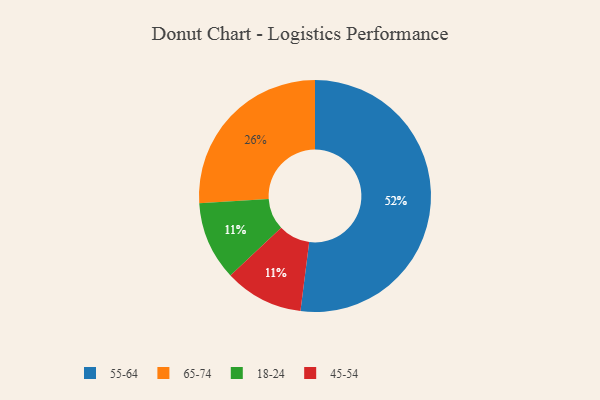
{"axis": {"x": "Category", "y": "Percentage"}, "legend": ["18-24", "45-54", "55-64", "65-74"], "data": [{"x": "18-24", "y": 11, "type": "18-24"}, {"x": "45-54", "y": 11, "type": "45-54"}, {"x": "55-64", "y": 52, "type": "55-64"}, {"x": "65-74", "y": 26, "type": "65-74"}]}